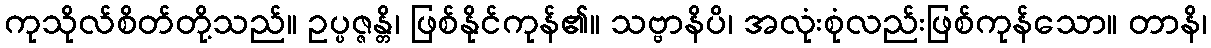
ကုသိုလ်စိတ်တို့သည်။ ဥပ္ပဇ္ဇန္တိ၊ ဖြစ်နိုင်ကုန်၏။ သဗ္ဗာနိပိ၊ အလုံးစုံလည်းဖြစ်ကုန်သော။ တာနိ၊